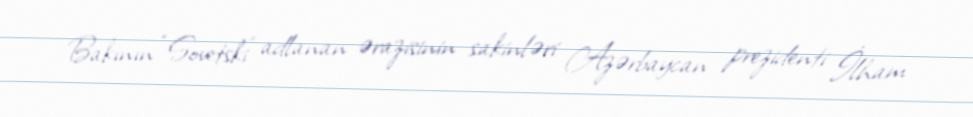
Bakının “Sovetski” adlanan ərazisinin sakinləri Azərbaycan prezidenti İlham